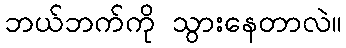
ဘယ်ဘက်ကို သွားနေတာလဲ။